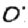
Digit: 0